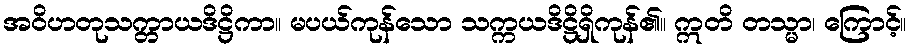
အဝိဟတုသက္တာယဒိဋ္ဌိကာ။ မပယ်ကုန်သော သက္ကယဒိဋ္ဌိရှိကုန်၏။ ဣတိ တသ္မာ၊ ကြောင့်။